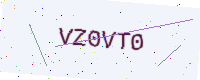
Text: VZ0VT0